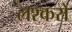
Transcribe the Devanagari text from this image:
लश्करों